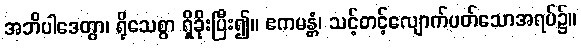
အဘိပါဒေတွာ၊ ရိုသေစွာ ရှိခိုးပြီး၍။ ဧကမန္တံ၊ သင့်တင့်လျောက်ပတ်သောအရပ်၌။